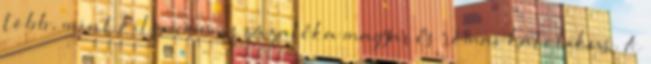
több, mint kilencven százaléka magyar és római katolikus. A